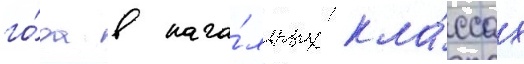
го́да в нача́льных кла́ссах